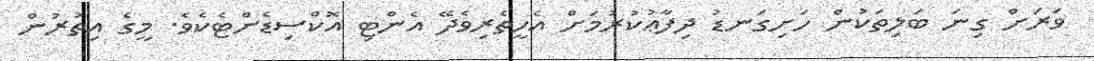
ވަރަށް ގިނަ ބަލިތަކުން ހަށިގަނޑު ދިފާޢުކުރުމަށް އެހީތެރިވެދޭ އެންޓި އޮކްސިޑެންޓެކެވެ. މީގެ އިތުރުން